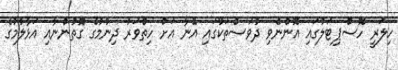
ހިލަރީ ހޮސްޕިޓަލުގައި އޮންނެވި ދުވަސްތަކުގައި އޭނާ އަށް ހިތްވަރު ދިނުމުގެ ގޮތުންނާއި އަޅާލުމުގެ